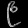
Digit: ၉